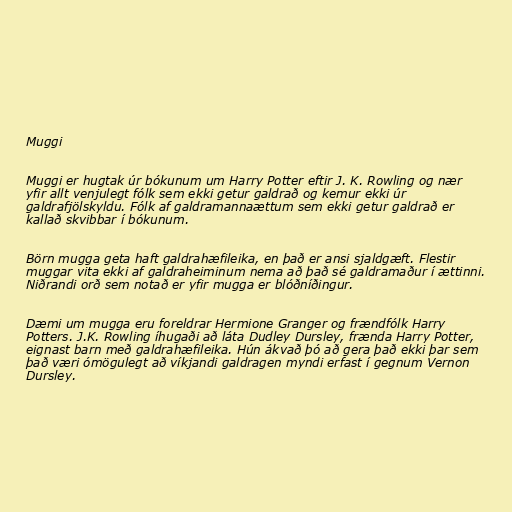
Muggi

Muggi er hugtak úr bókunum um Harry Potter eftir J. K. Rowling og nær
yfir allt venjulegt fólk sem ekki getur galdrað og kemur ekki úr
galdrafjölskyldu. Fólk af galdramannaættum sem ekki getur galdrað er
kallað skvibbar í bókunum.

Börn mugga geta haft galdrahæfileika, en það er ansi sjaldgæft. Flestir
muggar vita ekki af galdraheiminum nema að það sé galdramaður í ættinni.
Niðrandi orð sem notað er yfir mugga er blóðníðingur.

Dæmi um mugga eru foreldrar Hermione Granger og frændfólk Harry
Potters. J.K. Rowling íhugaði að láta Dudley Dursley, frænda Harry Potter,
eignast barn með galdrahæfileika. Hún ákvað þó að gera það ekki þar sem
það væri ómögulegt að víkjandi galdragen myndi erfast í gegnum Vernon
Dursley.